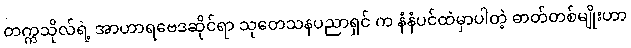
တက္ကသိုလ်ရဲ့ အာဟာရဗေဒဆိုင်ရာ သုတေသနပညာရှင် က နံနံပင်ထဲမှာပါတဲ့ ဓာတ်တစ်မျိုးဟာ